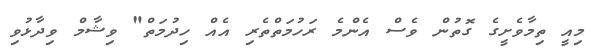
މިއީ ތިމާވެށީގެ ގޮތުން ވެސް އެންމެ ރަހުމަތްތެރި އެއް ހިދުމަތް" ވިޝާމް ވިދާޅުވި